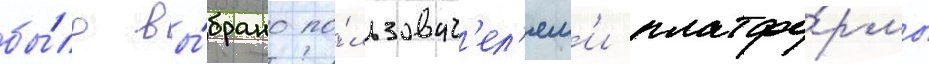
бы́ло вы́брано по́льзоват'ел'ям'и платфо́рмы